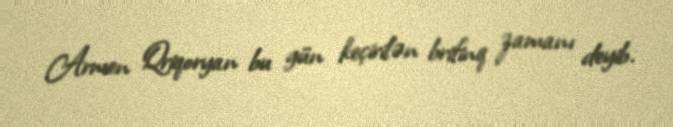
Armen Qriqoryan bu gün keçirilən brifinq zamanı deyib.